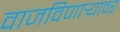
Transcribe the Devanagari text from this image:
वाजविणार्‍यावर